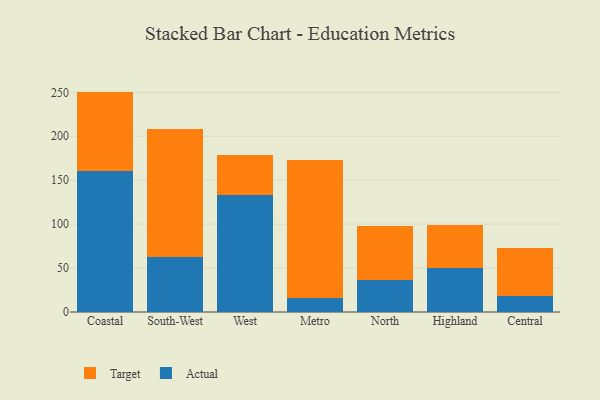
{"axis": {"x": "Region", "y": "Active Users"}, "legend": ["Actual", "Target"], "data": [{"x": "Coastal", "y": 159.9, "type": "Actual"}, {"x": "Coastal", "y": 90.9, "type": "Target"}, {"x": "South-West", "y": 62.5, "type": "Actual"}, {"x": "South-West", "y": 146.0, "type": "Target"}, {"x": "West", "y": 132.9, "type": "Actual"}, {"x": "West", "y": 45.2, "type": "Target"}, {"x": "Metro", "y": 16.1, "type": "Actual"}, {"x": "Metro", "y": 157.0, "type": "Target"}, {"x": "North", "y": 35.9, "type": "Actual"}, {"x": "North", "y": 62.4, "type": "Target"}, {"x": "Highland", "y": 49.8, "type": "Actual"}, {"x": "Highland", "y": 49.0, "type": "Target"}, {"x": "Central", "y": 18.2, "type": "Actual"}, {"x": "Central", "y": 54.7, "type": "Target"}]}